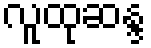
လူထုဆန္ဒ